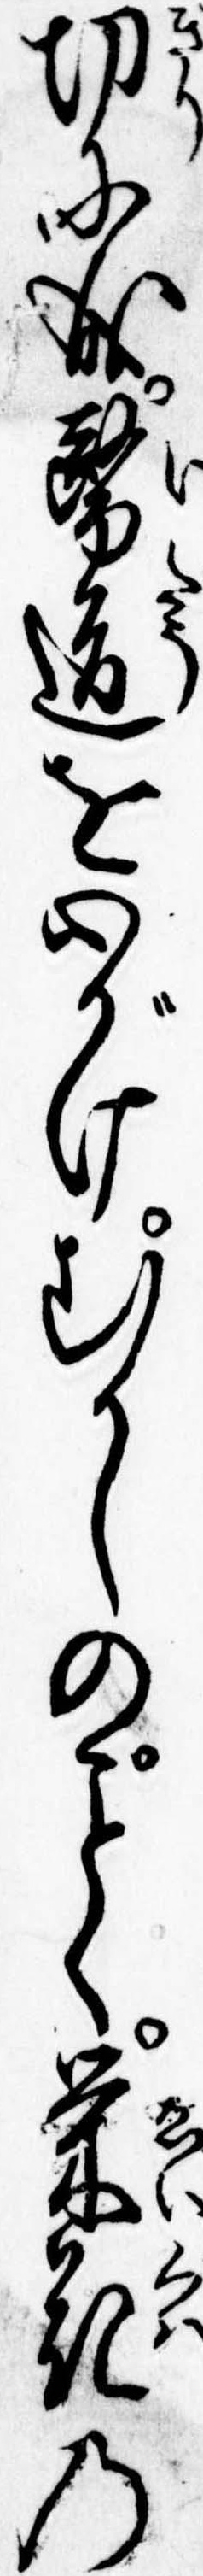
切に成医道を心がけむかしのく栄花の